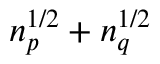
n _ { p } ^ { 1 / 2 } + n _ { q } ^ { 1 / 2 }